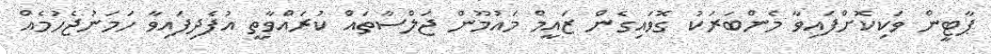
ޕާޓީން ވަކިކޮށްފައިވާ މެންބަރަކު ގޮވައިގެން ޒައީމް މައުމޫން ޖަލްސާތައް ކުރައްވާތީ އުފެދިފައިވާ ހަމަނުޖެހުމެއް